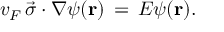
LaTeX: v _ { F } \, { \vec { \sigma } } \cdot \nabla \psi ( \mathbf { r } ) \, = \, E \psi ( \mathbf { r } ) .